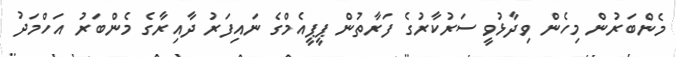
މެންބަރުން މިހެން ވިދާޅުވީ ސަރުކާރުގެ ފަރާތުން ޕީޕީއެމްގެ ނައިފަރު ދާއިރާގެ މެންބަރު އަހްމަދު